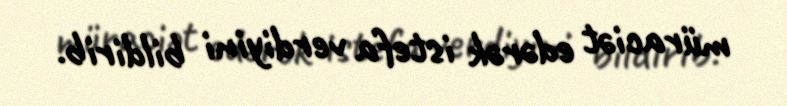
müraciət edərək istefa verdiyini bildirib.